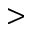
>